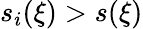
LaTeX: s_{i}(\xi)>s(\xi)